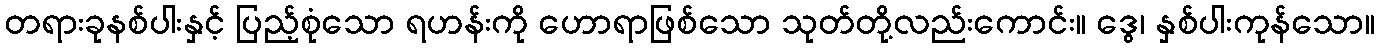
တရားခုနစ်ပါးနှင့် ပြည့်စုံသော ရဟန်းကို ဟောရာဖြစ်သော သုတ်တို့လည်းကောင်း။ ဒွေ၊ နှစ်ပါးကုန်သော။